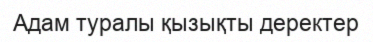
Адам туралы қызықты деректер